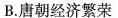
B. 唐朝经济繁荣